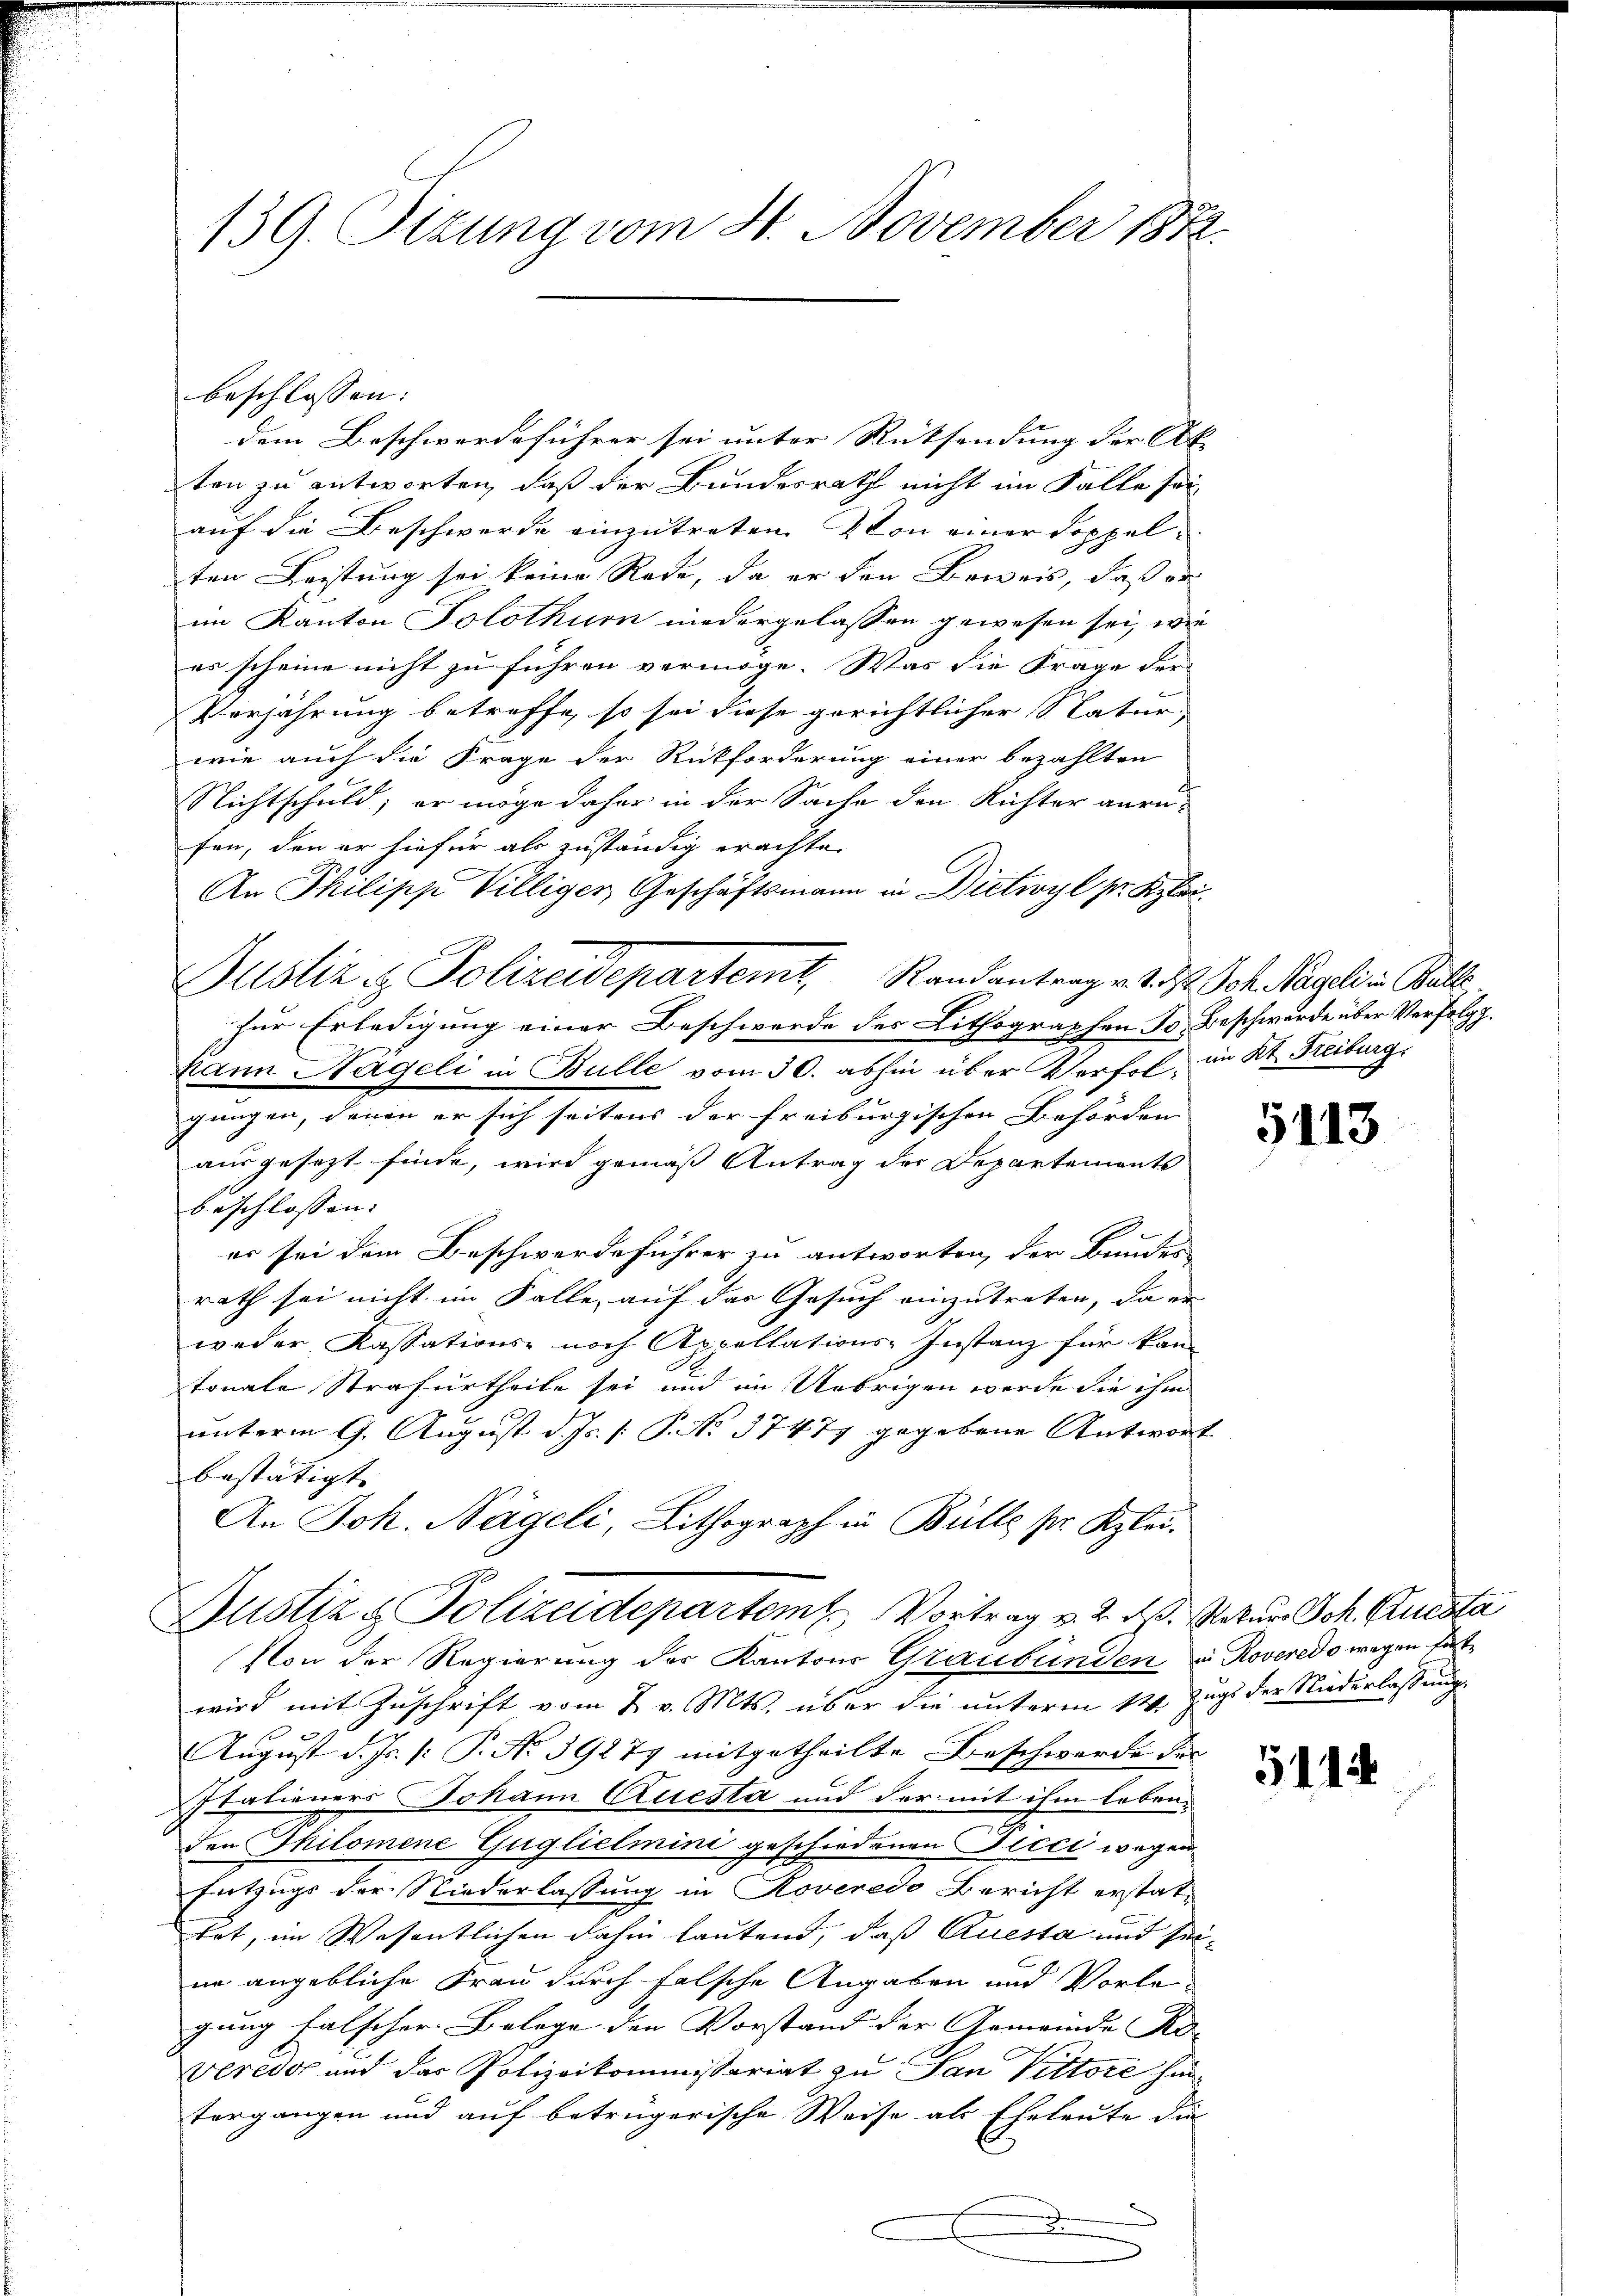
139. Sizung vom 4. November 1872.

dem Beschwerdeführer sei unter Rücksendung der Ab- |
ten zu antworten, daß der Bundesrath nicht im Falle sei
auf die Beschwerde einzutreten & von einer Doppelten Leistung sei keine Rede, da er den Beweis, daß er
im Kanton Solothur niedergelassen gewesen sei, wie
es scheine nicht zu führen vermöge. Was die Frage der
Verjährung betreffe, so sei diese gerichtlicher Natur,
wie auch die Frage der Rückforderung einer bezahlten
Nichtschuld; er möge daher in der Sache den Richter anrafen, den er hiefür als zuständig erachten
An Philipp Villiger Geschäftsmann in Dietwyl pr. Kleizur Erledigung einer Beschwerde des Lithographen Fr. Beschwurde über Verfolgg.
Kann Nägeli in Bulle vom 30. abhin über Verfol, in Kt. Freiburg,
gungen, denen er sich seitens der Freiburgischen Behörden
ausgesezt finde, wird gemäß Antrag der Departements
beschlossen: |
er sei dem Beschwerdeführer zu antworten, der Bunder-
rath sei nicht im Falle, auf das Gesuch einzutreten, da er
weder Kassations- noch Appellations-Instanz für kan-
tonale Strafurtheile sei und im Uebrigen werde die ihm
unterm 9. August d. Js. [: P. No. 37477 gegebene Antwort
bestätigt. |
An Joh. Nägeli, Lithograph in Bülle pr. Klei-
Justiz & Polizeidepartem Vortrag v. 2. ds. Rekurs Joh. Rucsta
Von der Regierung der Kantons Graubünden in Roveredo wegen hätwird mit Zuschrift vom 2. v. Mts. über die unterm 12. Zugs der Niederlassung
2
August d. Js. [: P. No 39277 mitgetheilte Beschwerde der
Italieners Johann Questa und der mit ihm leben-
den Thilomene Guglielmini geschiedenen Flici wegen
Entzugs der Niederlassung in Roveredo Bericht erstattet, im Wesentlichen dahin lautend, daß Questa und seine angebliche Frau durch falsche Angaben und Vorlegung falscher Belege den Vorstand der Gemeinde Ro- |
Veres und der Polizeikommissariat zu San Vittore hintergangen und auf betrügerische Weise als Eheleute die
.

beschlossen:

Justiz-Polizeidepartemt, Randantrage. Jetzt. Joh. Regeli in Balle

5113

1